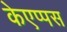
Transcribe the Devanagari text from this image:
केएप्पस